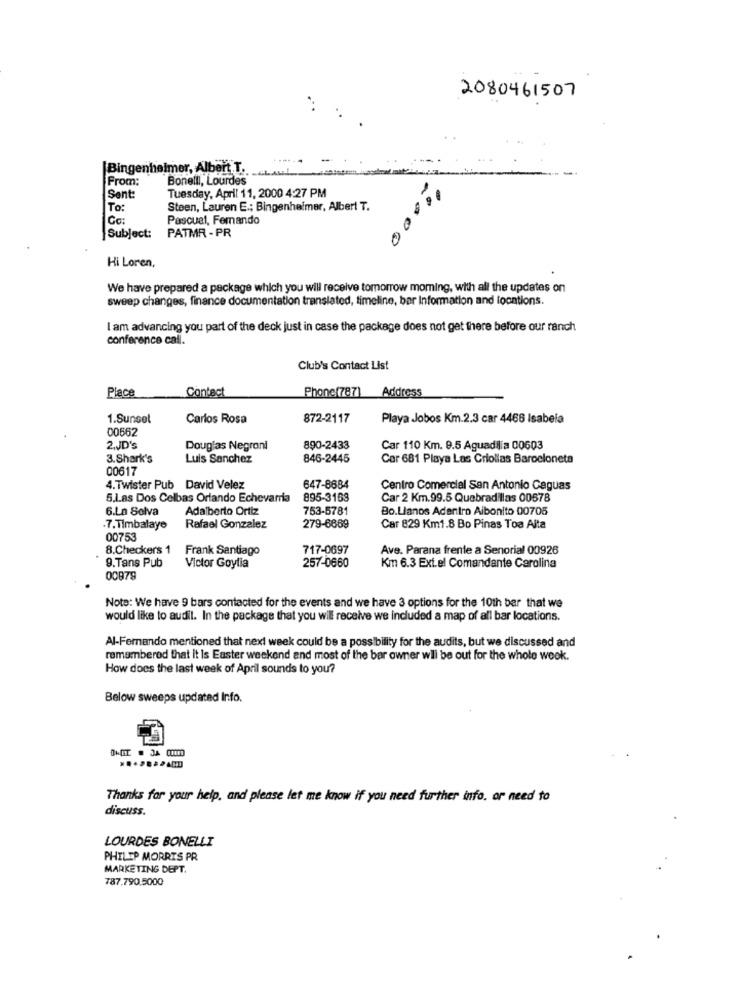
2080461507
Bingenheimer, Albert T.
From:
Bonelli, Lourdes
00000
Sent:
Tuesday, April 11, 2000 4:27 PM
To:
Steen, Lauren E .; Bingenheimer, Albert T.
Co:
Pascual, Femando
PATMR - PR
Subject:
Hi Loren,
We have prepared a package which you will receive tomorrow moming, with all the updates on
sweep changes, finance documentation translated, timeline, bar Information and locations.
I am advancing you part of the deck just in case the package does not get there before our ranch
conference call.
Club's Contact List
Place
Contect
Phone(787)
Address
1.Sunset
Carlos Rosa
872-2117
Playa Jobos Km.2.3 car 4468 Isabela
00562
2.JD's
Douglas Negroni
890-2433
Car 110 Km. 9.5 Aguadilia 00603
3.Shark's
Luis Sanchez
846-2445
Car 681 Playa Las Criollas Barceloneta
00617
4. Twister Pub David Velez
647-8684
Centro Comercial San Antonio Caguas
5.Las Dos Celbas Orlando Echevarria
895-3163
Car 2 Km.99.5 Quebradillas 00678
6.La Solva
Adalberto Ortiz
753-5781
Bo.Llanos Adentro Aibonito 00705
.7.Timbalaye
Rafael Gonzalez
279-6869
Car 829 Km1.8 Bo Pinas Toa Alta
00753
8.Checkers 1
Frank Santiago
717-0697
Ave. Parana frente a Senorial 00926
9.Tans Pub
Victor Goylia
257-0660
Km 6.3 Exi.el Comandante Carolina
00979
Note: We have 9 bars contacted for the events and we have 3 options for the 10th ber that we
would like to audil. In the package that you will receive we included a map of all bar locations.
Al-Fernando mentioned that next week could be a possibility for the audits, but we discussed and
remembered that it Is Easter weekend and most of the bar owner will be out for the whole weok.
How does the last week of April sounds to you?
Below sweeps updated Info.
Thanks for your help, and please let me know if you need further info. or need to
discuss.
LOURDES BONELLI
PHILIP MORRIS PR
MARKETING DEPT.
787.790.5000